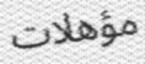
مؤھلات